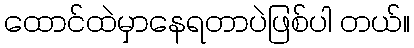
ထောင်ထဲမှာနေရတာပဲဖြစ်ပါ တယ်။